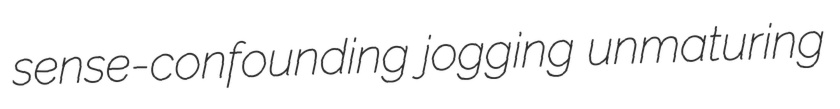
sense-confounding jogging unmaturing